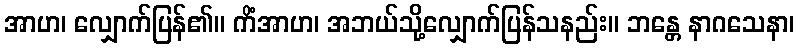
အာဟ၊ လျှောက်ပြန်၏။ ကိံအာဟ၊ အဘယ်သို့လျှောက်ပြန်သနည်း။ ဘန္တေ နာဂသေနာ၊